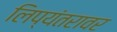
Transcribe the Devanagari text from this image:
लिप्यंतरावर